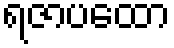
ရဇာပထော